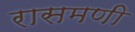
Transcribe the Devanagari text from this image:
रासमणी